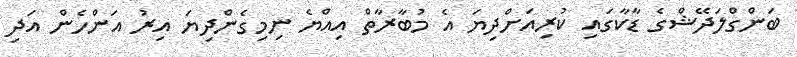
ބަންގްލަދޭޝްގެ ޑާކާގައި ކުރިއަށްދިޔަ އެ މުބާރާތް އިއްޔެ ނިމިގެންދިޔަ އިރު އަންހެން އަދި